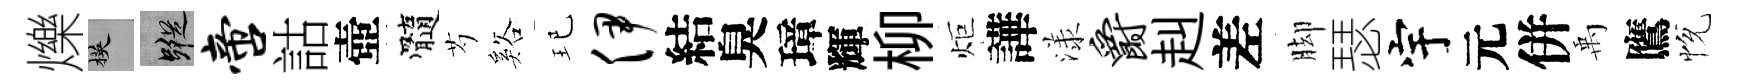
爍楧蹤啻詁壺髓芍谿玘伊結臭璋輝柳炬譁漾爵赳差脚瑟宇元併禹鷹恱